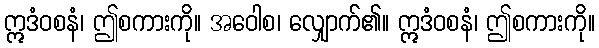
ဣဒံဝစနံ၊ ဤစကားကို။ အဝေါစ၊ လျှောက်၏။ ဣဒံဝစနံ၊ ဤစကားကို။